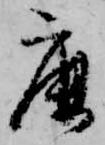
鹿